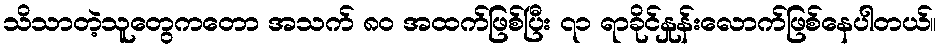
သိသာတဲ့သူတွေကတော အသက် ၈၀ အထက်ဖြစ်ပြီး ၇၁ ရာခိုင်နှုန်းလောက်ဖြစ်နေပါတယ်။